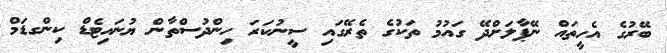
ބޭރުގެ އެހީތައް ނޭޕާލަށްދޭ ގައުމު ތަކުގެ ތެރޭގައި ސީނުކަރަ ހިންދުސްތާން ޔުނައިޓެޑް ކިންގޑަމް